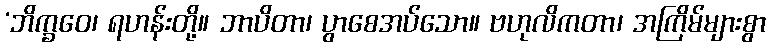
‘ဘိက္ခဝေ၊ ရဟန်းတို့။ ဘာပိတာ၊ ပွာစေအပ်သော။ ဗဟုလိကတာ၊ အကြိမ်များစွာ